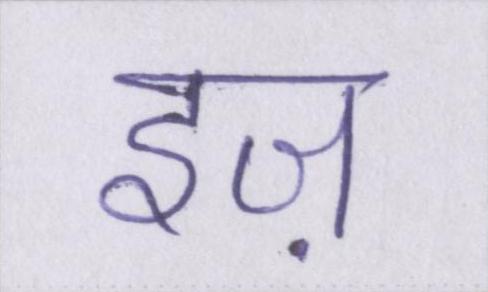
इज़